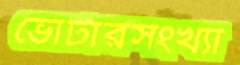
ভোটারসংখ্যা